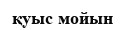
қуыс мойын